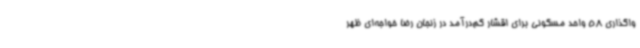
واگذاری 58 واحد مسکونی برای اقشار کم‌درآمد در زنجان رضا خواجه‌ای ظهر